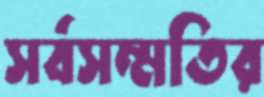
সর্বসম্মতির